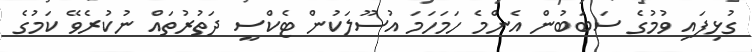
ގުޅިފައި ވުމުގެ ސަބަބުން އެންމެ ހަމަހަމަ އުސޫލަކުން ޓެކްސީ ދަތުރުތައް ނުކުރެވޭ ކަމުގެ